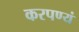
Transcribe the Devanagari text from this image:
करपण्यं